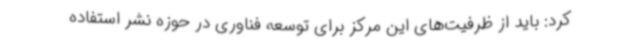
کرد: باید از ظرفیت‌های این مرکز برای توسعه فناوری در حوزه نشر استفاده